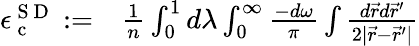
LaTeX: \begin{array}{rl}{\epsilon_{\mathrm{~c~}}^{{\mathrm{~S~D~}}}:=}&{{}\frac{1}{n}\int_{0}^{1}d\lambda\int_{0}^{\infty}\frac{-d\omega}{\pi}\int\frac{d\vec{r}d\vec{r}^{\prime}}{2|\vec{r}-\vec{r}^{\prime}|}}\end{array}